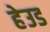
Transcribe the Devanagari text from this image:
हेउड